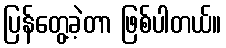
ပြန်တွေ့ခဲ့တာ ဖြစ်ပါတယ်။